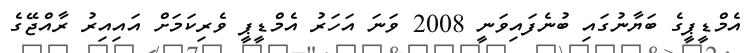
އެމްޑީޕީގެ ބަޔާނުގައި ބުނެފައިވަނީ 2008 ވަނަ އަހަރު އެމްޑީޕީ ވެރިކަމަަށް އައިއިރު ރާއްޖޭގެ